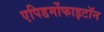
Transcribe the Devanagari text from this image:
एपिडर्मोफाइटॉन